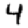
Digit: 4